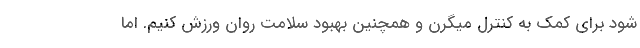
شود برای کمک به کنترل میگرن و همچنین بهبود سلامت روان ورزش کنیم. اما